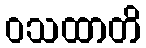
ဝသထာတိ